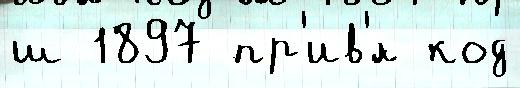
ш 1897 пр'ив'́л код